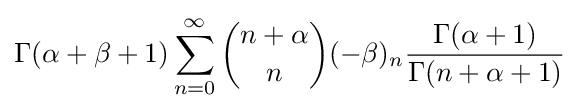
\Gamma (\alpha +\beta +1)\sum _{n=0}^{\infty }{\binom {n+\alpha }{n}}(-\beta )_{n}{\frac {\Gamma (\alpha +1)}{\Gamma (n+\alpha +1)}}